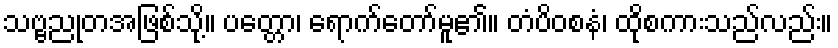
သဗ္ဗညုတအဖြစ်သို့။ ပတ္တော၊ ရောက်တော်မူ၏။ တံပိဝစနံ၊ ထိုစကားသည်လည်း။